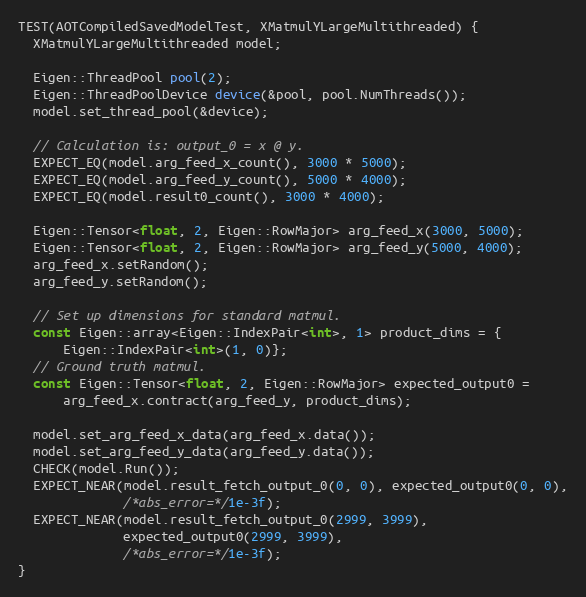
Language: C++
TEST(AOTCompiledSavedModelTest, XMatmulYLargeMultithreaded) {
  XMatmulYLargeMultithreaded model;

  Eigen::ThreadPool pool(2);
  Eigen::ThreadPoolDevice device(&pool, pool.NumThreads());
  model.set_thread_pool(&device);

  // Calculation is: output_0 = x @ y.
  EXPECT_EQ(model.arg_feed_x_count(), 3000 * 5000);
  EXPECT_EQ(model.arg_feed_y_count(), 5000 * 4000);
  EXPECT_EQ(model.result0_count(), 3000 * 4000);

  Eigen::Tensor<float, 2, Eigen::RowMajor> arg_feed_x(3000, 5000);
  Eigen::Tensor<float, 2, Eigen::RowMajor> arg_feed_y(5000, 4000);
  arg_feed_x.setRandom();
  arg_feed_y.setRandom();

  // Set up dimensions for standard matmul.
  const Eigen::array<Eigen::IndexPair<int>, 1> product_dims = {
      Eigen::IndexPair<int>(1, 0)};
  // Ground truth matmul.
  const Eigen::Tensor<float, 2, Eigen::RowMajor> expected_output0 =
      arg_feed_x.contract(arg_feed_y, product_dims);

  model.set_arg_feed_x_data(arg_feed_x.data());
  model.set_arg_feed_y_data(arg_feed_y.data());
  CHECK(model.Run());
  EXPECT_NEAR(model.result_fetch_output_0(0, 0), expected_output0(0, 0),
              /*abs_error=*/1e-3f);
  EXPECT_NEAR(model.result_fetch_output_0(2999, 3999),
              expected_output0(2999, 3999),
              /*abs_error=*/1e-3f);
}